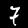
Digit: 7